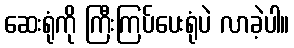
ဆေးရုံကို ကြီးကြပ်ပေးရုံပဲ လာခဲ့ပါ။